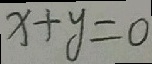
x + y = 0